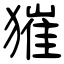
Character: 獕